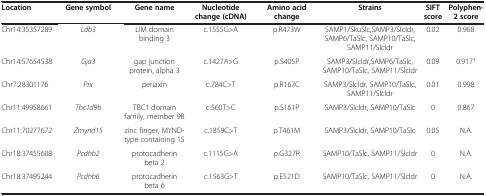
| Location | Gene symbol | Gene name | Nucleotide change (cDNA) | Amino acid change | Strains | SIFT score | Polyphen-2 score |
 | --- | --- | --- | --- | --- | --- | --- | --- |
 | Chr14:35357289 | Ldb3 | LIM domain binding 3 | c.1555G>A | p.R473W | SAMP1/SkuSlc,SAMP3/SlcIdr,SAMP6/TaSlc, SAMP10/TaSlc, SAMP11/SlcIdr | 0.02 | 0.968 |
 | Chr14:57654538 | Gja3 | gap junction protein, alpha 3 | c.1427A>G | p.S405P | SAMP3/SlcIdr,SAMP6/TaSlc, SAMP10/TaSlc, SAMP11/SlcIdr | 0.09 | 0.917† |
 | Chr7:28301176 | Prx | periaxin | c.784C>T | p.R167C | SAMP3/SlcIdr, SAMP10/TaSlc, SAMP11/SlcIdr | 0.01 | 0.998 |
 | Chr11:49958661 | Tbc1d9b | TBC1 domain family, member 9B | c.560T>C | p.S161P | SAMP3/SlcIdr, SAMP10/TaSlc | 0 | 0.867 |
 | Chr11:70277672 | Zmynd15 | zinc finger, MYND-type containing 15 | c.1859C>T | p.T461M | SAMP3/SlcIdr, SAMP10/TaSlc | 0.05 | N.A. |
 | Chr18:37455608 | Pcdhb2 | protocadherin beta 2 | c.1115G>A | p.G327R | SAMP10/TaSlc, SAMP11/SlcIdr | 0 | N.A. |
 | Chr18:37495244 | Pcdhb6 | protocadherin beta 6 | c.1563G>T | p.E521D | SAMP10/TaSlc, SAMP11/SlcIdr | 0 | N.A. |